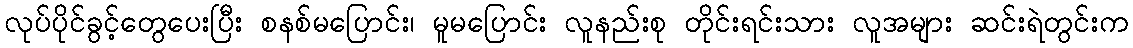
လုပ်ပိုင်ခွင့်တွေပေးပြီး စနစ်မပြောင်း၊ မူမပြောင်း လူနည်းစု တိုင်းရင်းသား လူအများ ဆင်းရဲတွင်းက